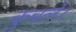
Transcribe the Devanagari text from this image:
कुचले।